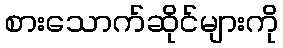
စားသောက်ဆိုင်များကို